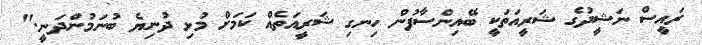
ރައީސް ނަޝީދުގެ ޝަރީއަތަކީ ބޭއިންސާފުން ހިނގި ޝަރީއަތެއް ކަމަށް މުޅި ދުނިޔެ ބުނަމުންދަނީ."